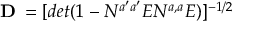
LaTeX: { \bf D _ { \phi } } = [ d e t ( 1 - N ^ { a ^ { \prime } a ^ { \prime } } E N ^ { a , a } E ) ] ^ { - 1 / 2 } \, \,